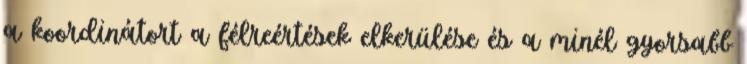
a koordinátort a félreértések elkerülése és a minél gyorsabb